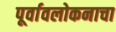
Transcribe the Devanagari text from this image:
पूर्वावलोकनाचा